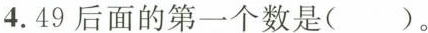
4. 49后面的第一个数是（）。